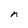
Character: n